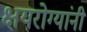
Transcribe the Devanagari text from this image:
क्षयरोग्यांनी